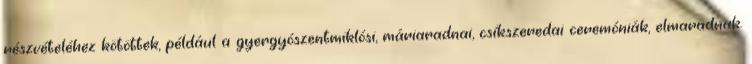
részvételéhez kötöttek, például a gyergyószentmiklósi, máriaradnai, csíkszeredai ceremóniák, elmaradnak.